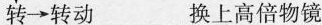
转\rightarrow转动___换上高倍物镜